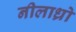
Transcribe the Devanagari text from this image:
नीलाध्रो